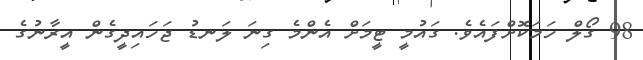
98 ގޯލް ހަމަކޮށްފައެވެ. ގައުމީ ޓީމަށް އެންމެ ގިނަ ލަނޑު ޖަހައިދީގެން އީރާނުގެ